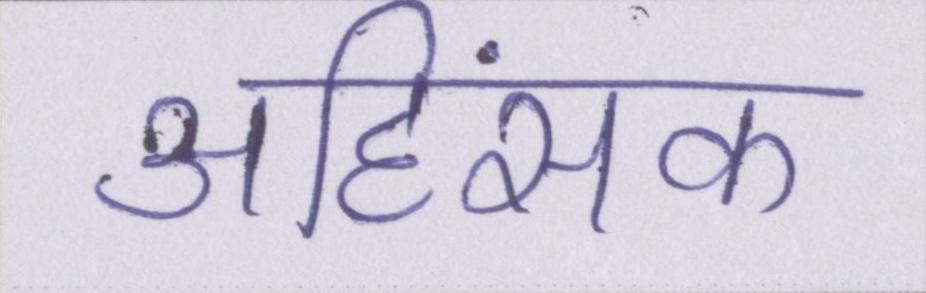
अहिंसक